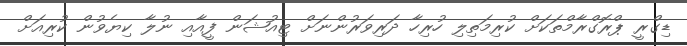
ޑިގްރީ ޕްރޮގްރާމްތަކަށް ކުރިމަތިލި ހުރިހާ ދަރިވަރުންނަށް ޓިއުޝަން ފީއާއި ނުލާ ކިޔެވުން ކުރިއަށް